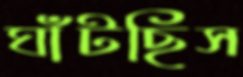
ঘাঁটছিস